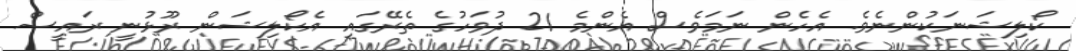
ކޯލިޝަނަކުންނެވެ. އެހެން ނަމަވެސް އެންމެ 21 ދުވަހުގެ ތެރޭގައި އެކޯލިޝަން ރޫޅުނީ ރައީސް